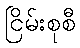
ငြိမ်းစုစီ